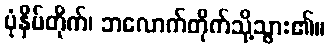
ပုံနှိပ်တိုက်၊ ဘလောက်တိုက်သို့သွား၏။